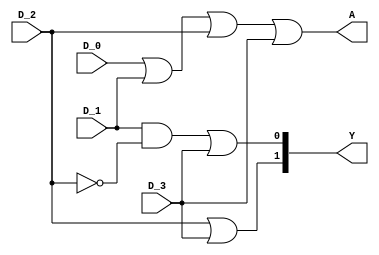
/*
 * Generated by Digiblock. Don't modify this file!
 * Any changes will be lost if this file is regenerated.
 */

module encoder (
  input D_0, // data bit 0.
  input D_1, // data bit 1.
  input D_2, // data bit 2.
  input D_3, // data bit 3.
  output A, // Output bit. One of the data bits is always output 
            // here. Which one is set by the inputs A_0 and A_1.
  output [1:0] Y
);
  assign A = (D_0 | D_1 | D_2 | D_3);
  assign Y[0] = ((D_1 & ~ D_2) | D_3);
  assign Y[1] = (D_2 | D_3);
endmodule